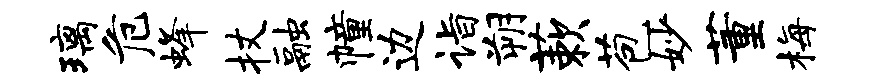
璃危蜂杖融幢边诣朔蔌苞妙董梅